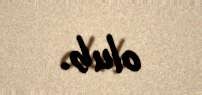
olub.